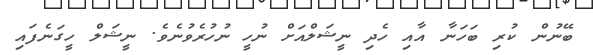
ބޭނުން ކުރި ބަހަނާ އާއި ހެދި ނީޝަލްއަށް ނުހީ ނުހުރެވުނެވެ. ނީޝަލް ހީގަނެފައި